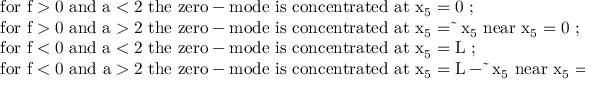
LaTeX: \begin{array} { l } { { \mathrm { f o r ~ f > 0 ~ a n d ~ a < 2 ~ t h e ~ z e r o - m o d e ~ i s ~ c o n c e n t r a t e d ~ a t ~ x _ { 5 } = 0 ~ ; } } } \\ { { \mathrm { f o r ~ f > 0 ~ a n d ~ a > 2 ~ t h e ~ z e r o - m o d e ~ i s ~ c o n c e n t r a t e d ~ a t ~ x _ { 5 } = \tilde { ~ } x _ { 5 } ~ n e a r ~ x _ { 5 } = 0 ~ ; } } } \\ { { \mathrm { f o r ~ f < 0 ~ a n d ~ a < 2 ~ t h e ~ z e r o - m o d e ~ i s ~ c o n c e n t r a t e d ~ a t ~ x _ { 5 } = L ~ ; } } } \\ { { \mathrm { f o r ~ f < 0 ~ a n d ~ a > 2 ~ t h e ~ z e r o - m o d e ~ i s ~ c o n c e n t r a t e d ~ a t ~ x _ { 5 } = L - \tilde { ~ } x _ { 5 } ~ n e a r ~ x _ { 5 } = L ~ . } } } \end{array}